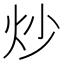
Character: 炒